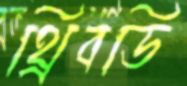
থ্রিবডি